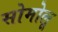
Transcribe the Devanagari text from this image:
सोमोलू